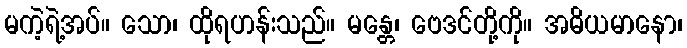
မကဲ့ရဲ့အပ်။ သော၊ ထိုရဟန်းသည်။ မန္တေ၊ ဗေဒင်တို့ကို။ အဓိယမာနော၊